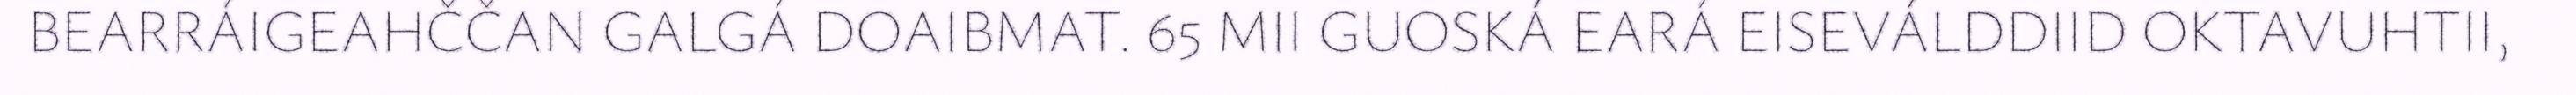
BEARRÁIGEAHČČAN GALGÁ DOAIBMAT. 65 MII GUOSKÁ EARÁ EISEVÁLDDIID OKTAVUHTII,